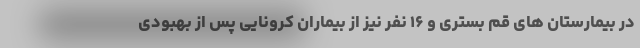
در بیمارستان های قم بستری و ۱۶ نفر نیز از بیماران کرونایی پس از بهبودی